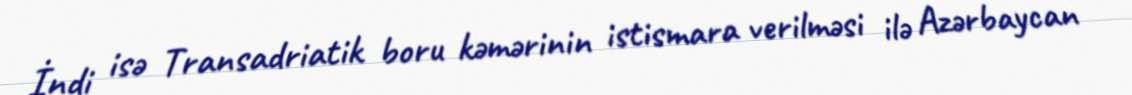
İndi isə Transadriatik boru kəmərinin istismara verilməsi ilə Azərbaycan